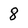
Character: 8